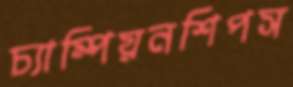
চ্যাম্পিয়নশিপস